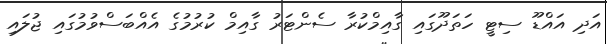
އަދި އައްޑޫ ސިޓީ ހަތަދޫގައި ގާއިމްކުރާ ސެންޓަރު ގާއިމް ކުރުމުގެ އެއްބަސްވުމުގައި ޖުލައި